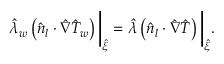
\hat { \lambda } _ { w } \left( \boldsymbol { \hat { n } _ { l } } \cdot \hat { \nabla } \hat { T } _ { w } \right) \bigg \vert _ { \hat { \xi } } = \hat { \lambda } \left( \boldsymbol { \hat { n } _ { l } } \cdot \hat { \nabla } \hat { T } \right) \bigg \vert _ { \hat { \xi } } .